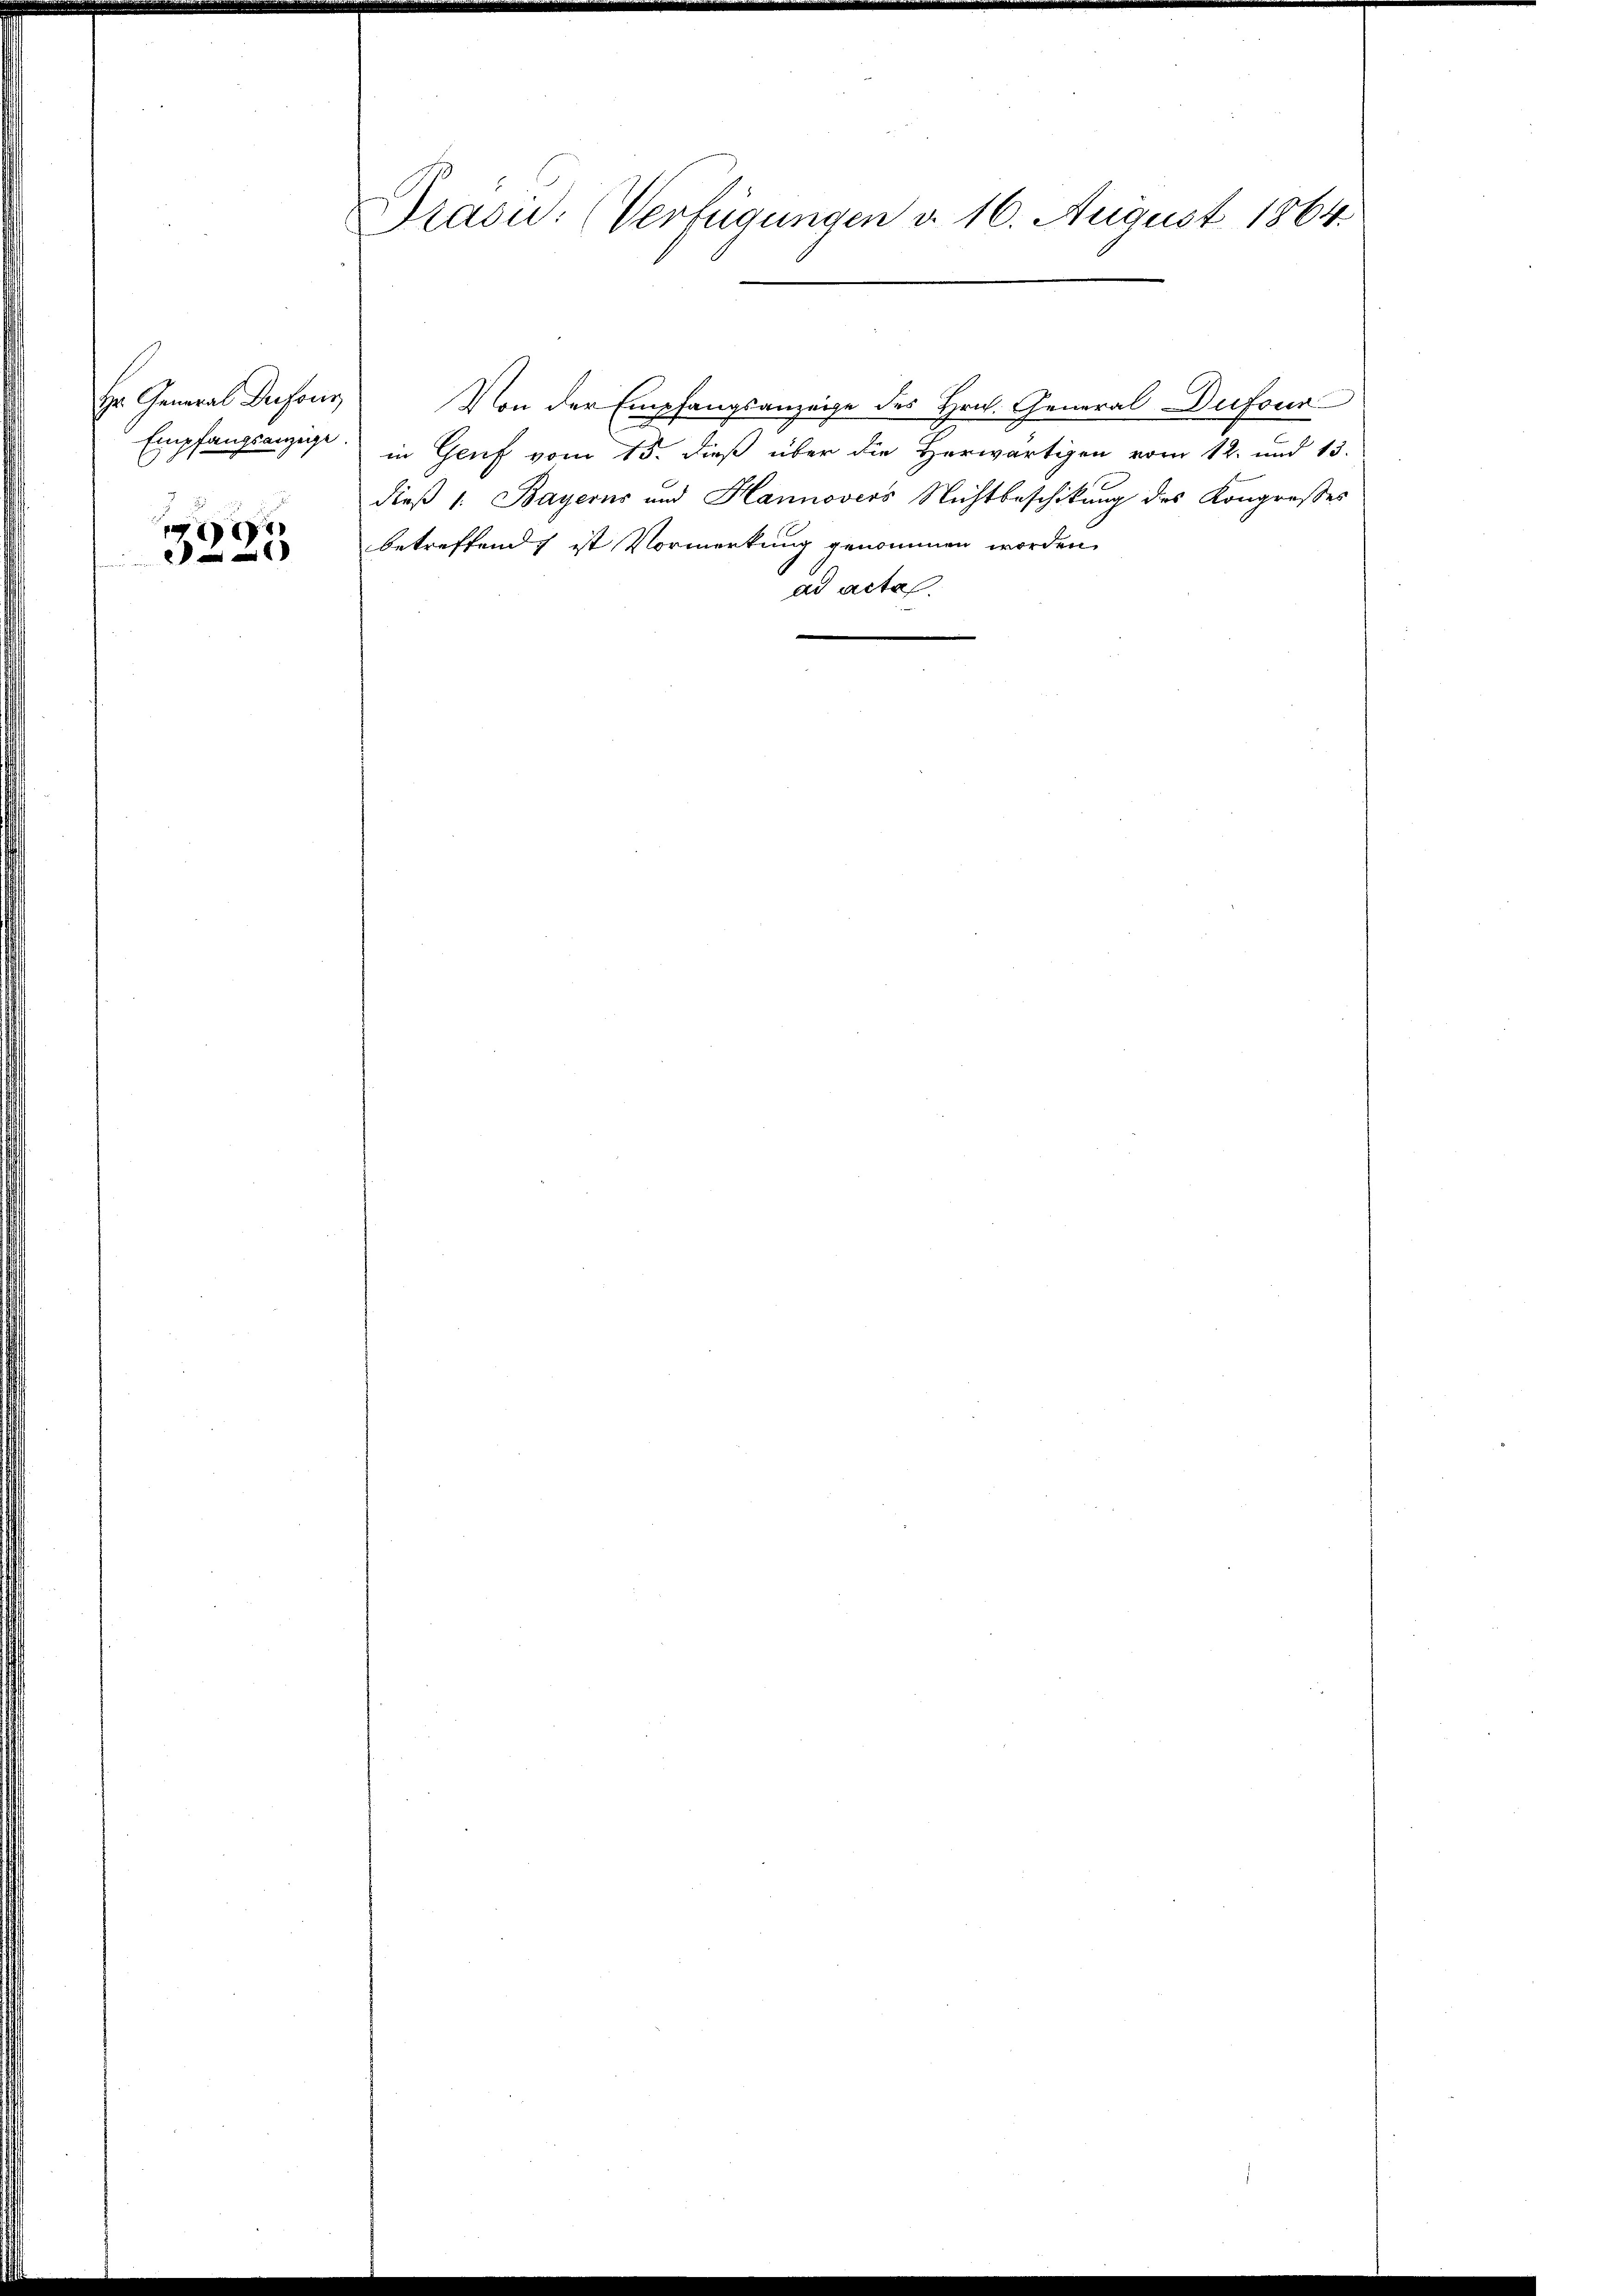
Hr. General Dufour
Empfangsanzüge

3225

Präsid. (Verfügungen d. 16. August 1864.

Von der Empfangsanzeige des Hrn. General-Dufour
in Gruf vom 15. dieß über die Herwärtigen vom 12. und 13.
dieß 1. Bayerns und Hannovers Nichtbeschikung des Kongresses
betreffend ist Vormerkung genommen worden.
ad acta.